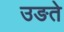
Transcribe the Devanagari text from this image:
उङते